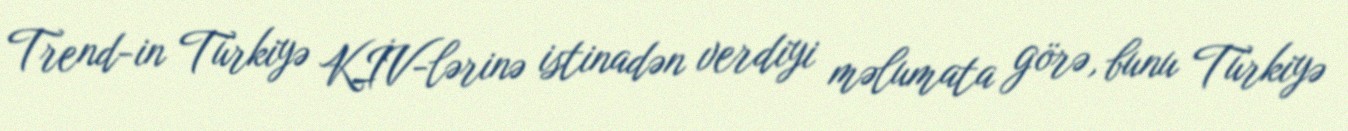
Trend-in Türkiyə KİV-lərinə istinadən verdiyi məlumata görə, bunu Türkiyə